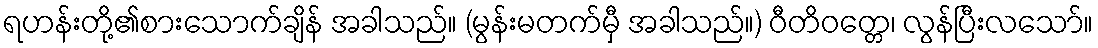
ရဟန်းတို့၏စားသောက်ချိန် အခါသည်။ (မွန်းမတက်မှီ အခါသည်။) ဝီတိဝတ္တေ၊ လွန်ပြီးလသော်။